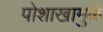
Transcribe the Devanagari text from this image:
पोशाखामुळे